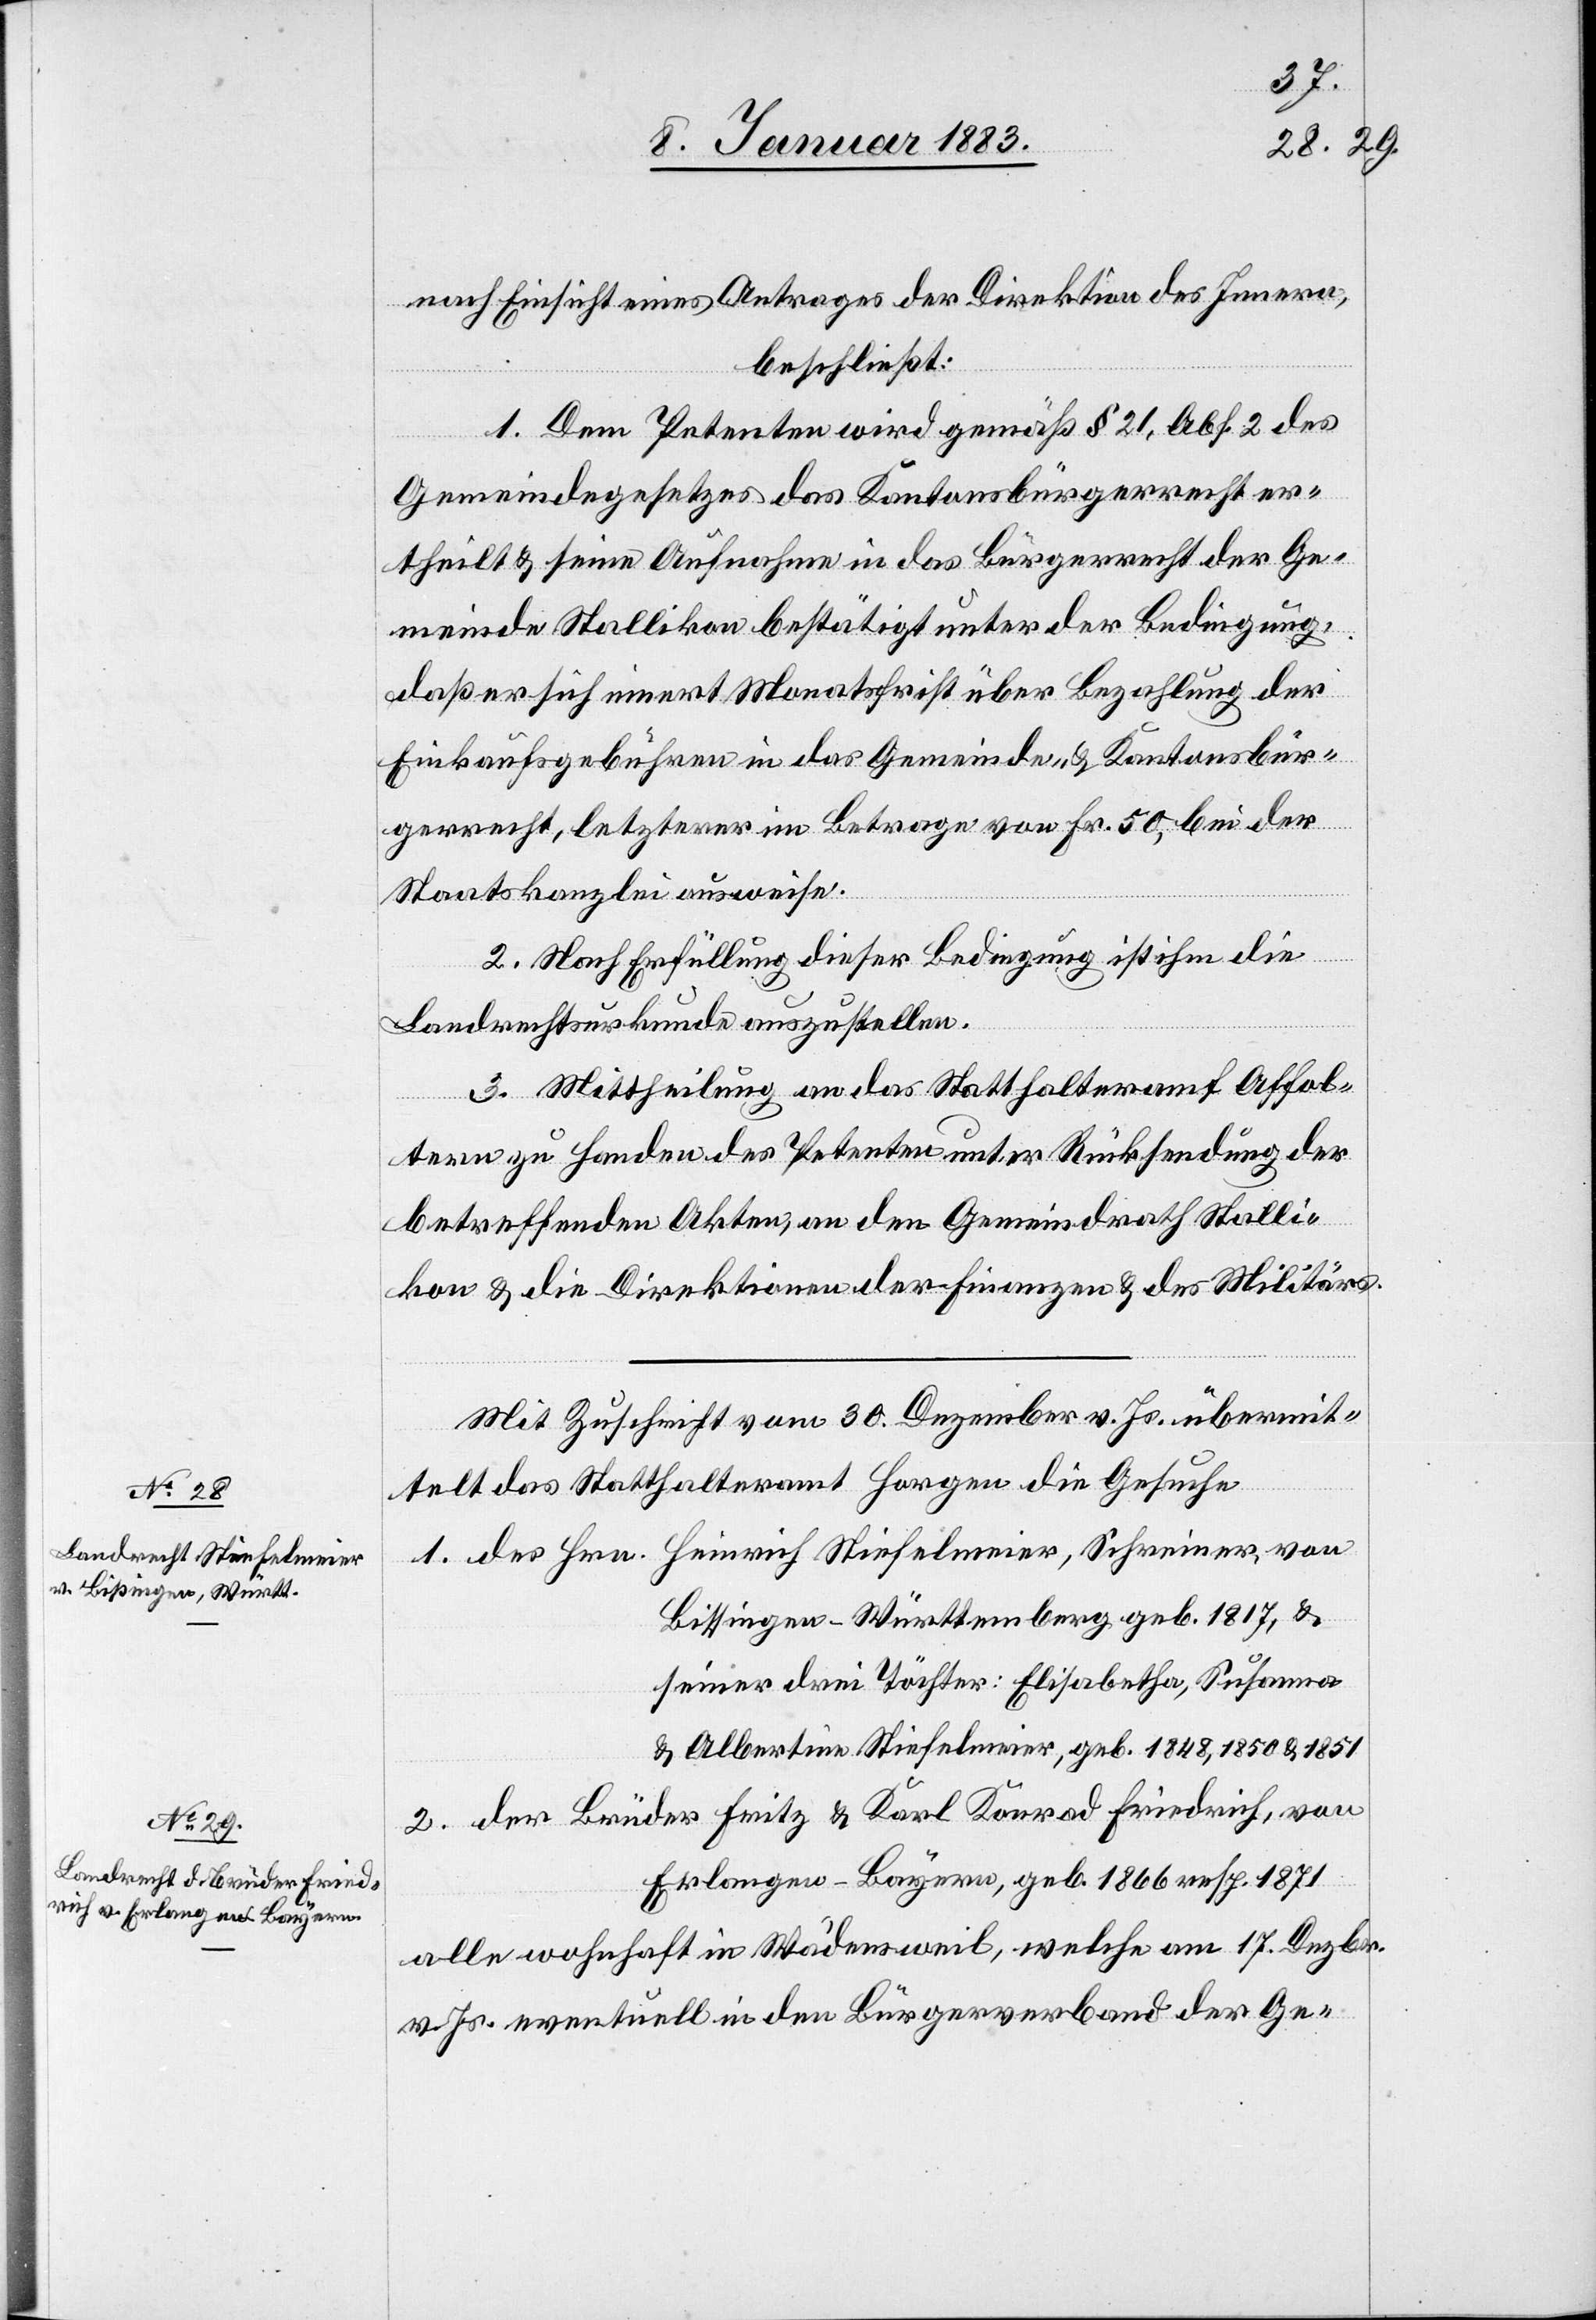
nach Einsicht eines Antrages der Direktion des Innern,
beschließt:
1. Dem Petenten wird gemäß § 21, Abs. 2 des
Gemeindegesetzes das Kantonsbürgerrecht er¬
theilt & seine Aufnahme in das Bürgerrecht der Ge¬
meinde Stallikon bestätigt unter der Bedingung,
daß er sich innert Monatsfrist über Bezahlung der
Einkaufsgebühren in das Gemeinde- & Kantonsbür¬
gerrecht, letzterer im Betrage von Fr. 50, bei der
Staatskanzlei ausweise.
2. Nach Erfüllung dieser Bedingung ist ihm die
Landrechtsurkunde auszustellen.
3. Mittheilung an das Statthalteramt Affol¬
tern zu Handen des Petenten unter Rücksendung der
betreffenden Akten, an den Gemeindrath Stalli¬
kon & die Direktionen der Finanzen & des Militärs.
Mit Zuschrift vom 30. Dezember v. Js. übermit¬
telt das Statthalteramt Horgen die Gesuche
1. des Hrn. Heinrich Stiefelmeier, Schreiner, von
Bissingen - Württemberg, geb. 1817, &
seiner drei Töchter: Elisabetha, Susanna
& Albertina Stiefelmeier, geb. 1848, 1850 & 1851
2. der Brüder Fritz & Karl Konrad Friedrich, von
Erlangen - Bayern, geb. 1866 resp. 1871
alle wohnhaft in Wädensweil, welche am 17. Dezbr.
v. Js. eventuell in den Bürgerverband der Ge-